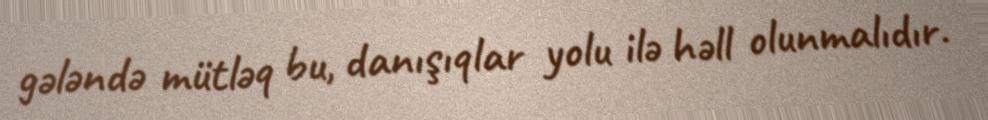
gələndə mütləq bu, danışıqlar yolu ilə həll olunmalıdır.